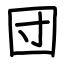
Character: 団